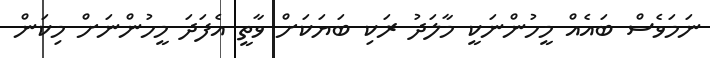
ނަމަވެސް ބައެއް މީހުންނަކީ މާލަދު ރަކި ބަޔަކަށް ވާތީ އެފަދަ މީހުންނަށް މިކަން